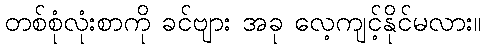
တစ်စုံလုံးစာကို ခင်ဗျား အခု လေ့ကျင့်နိုင်မလား။